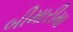
બીમારીમા